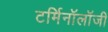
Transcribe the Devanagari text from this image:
टर्मिनॉलॉजी